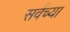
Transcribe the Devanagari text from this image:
सर्वंच्या